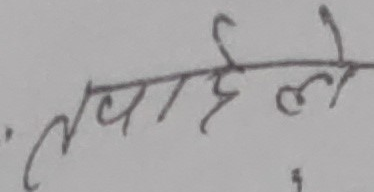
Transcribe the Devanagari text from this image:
तपाईंले